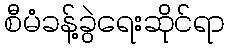
စီမံခန့်ခွဲရေးဆိုင်ရာ